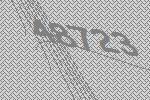
48723